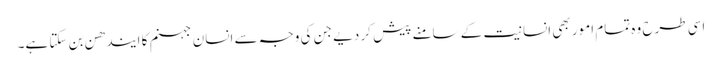
اسی طرح وہ تمام امور بھی انسانیت کے سامنے پیش کر دیے جن کی وجہ سے انسان جہنم کا ایندھن بن سکتا ہے۔